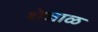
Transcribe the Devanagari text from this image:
शेजाळ